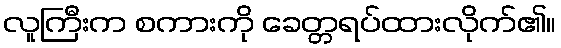
လူကြီးက စကားကို ခေတ္တရပ်ထားလိုက်၏။